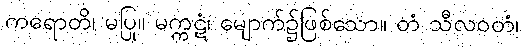
ကရောတိ၊ မပြု။ မက္ကဋံ၊ မျောက်၌ဖြစ်သော။ တံ သီလဝတံ၊